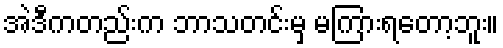
အဲဒီကတည်းက ဘာသတင်းမှ မကြားရတော့ဘူး။